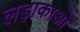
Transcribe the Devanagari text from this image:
लड़ाकाओं